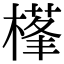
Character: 樥